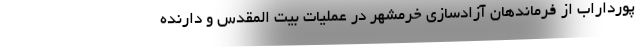
پورداراب از فرماندهان آزادسازی خرمشهر در عملیات بیت المقدس و دارنده